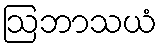
ဩဘာသယံ